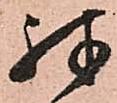
殊